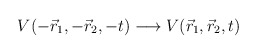
\begin{align*}V(-\vec{r}_{1},-\vec{r}_{2},-t)\longrightarrow V(\vec{r}_{1},\vec{r}_{2},t)\end{align*}